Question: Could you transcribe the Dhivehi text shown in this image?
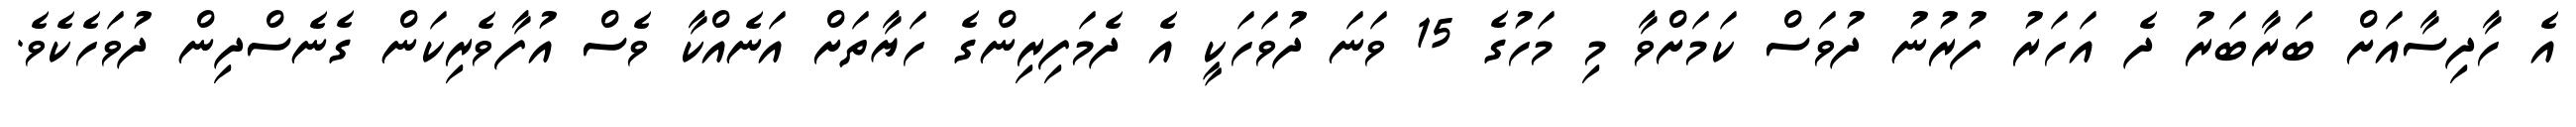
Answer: އެ ހާދިސާއަށް ބަރާބަރު ދެ އަހަރު ފުރުނު ދުވަސް ކަމަށްވާ މި މަހުގެ 15 ވަނަ ދުވަހަކީ އެ ދެމަފިރިންގެ ހަޔާތަށް އަނެއްކާ ވެސް އުފާވެރިކަން ގެނެސްދިން ދުވަހެކެވެ.